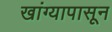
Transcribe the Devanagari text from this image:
खांग्यापासून